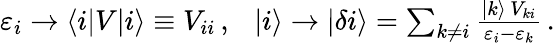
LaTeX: \begin{array}{r}{\varepsilon_{i}\to\langle i|V|i\rangle\equiv V_{ii}\, ,\ \ \ |i\rangle\to|\delta i\rangle=\sum_{k\neq i}\frac{|k\rangle\, V_{ki}}{\varepsilon_{i}-\varepsilon_{k}}\, .}\end{array}